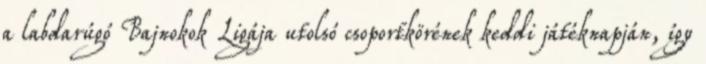
a labdarúgó Bajnokok Ligája utolsó csoportkörének keddi játéknapján, így